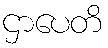
ဌာပေတိ